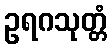
ဥရဂသုတ္တံ